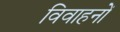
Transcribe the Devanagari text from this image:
विवाहनों